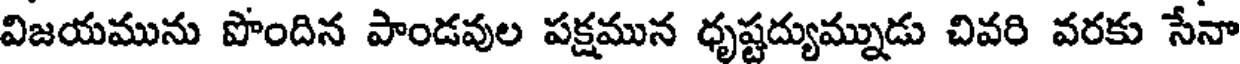
విజయమును పొందిన పాండవుల పక్షమున ధృష్టద్యుమ్నుడు చివరి వరకు సేనా